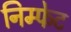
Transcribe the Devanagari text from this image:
निम्फेट